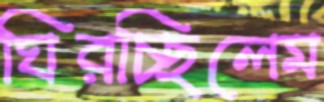
ঘিরচ্ছিলেম